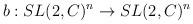
LaTeX: \begin{align*}b : SL(2,C)^{n} \rightarrow SL(2,C)^{n}\end{align*}